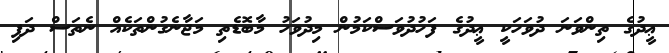
ޢީދުގެ ތިންވަނަ ދުވަހަކީ ޢީދުގެ ފަހުދުވަސްކަމުން މިދުވަހު މާބޮޑެތި މަޖާނެގުންތަކެއް ނެތަސް ދަފި